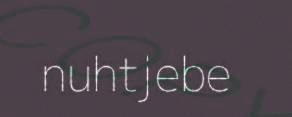
nuhtjebe